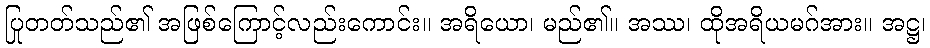
ပြုတတ်သည်၏ အဖြစ်ကြောင့်လည်းကောင်း။ အရိယော၊ မည်၏။ အဿ၊ ထိုအရိယမဂ်အား။ အဋ္ဌ၊